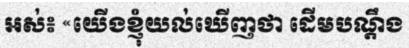
អស់៖ «យើងខ្ញុំយល់ឃើញថា ដើមបណ្តឹង